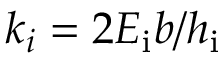
k _ { i } = 2 E _ { \mathrm { i } } b / h _ { \mathrm { i } }